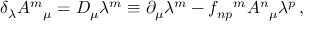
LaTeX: \delta _ { \lambda } A ^ { m } { } _ { \mu } = { \cal D } _ { \mu } \lambda ^ { m } \equiv \partial _ { \mu } \lambda ^ { m } - f _ { n p } { } ^ { m } A ^ { n } { } _ { \mu } \lambda ^ { p } \, ,